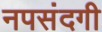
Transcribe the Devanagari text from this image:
नपसंदगी